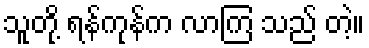
သူတို့ ရန်ကုန်က လာကြ သည် တဲ့။